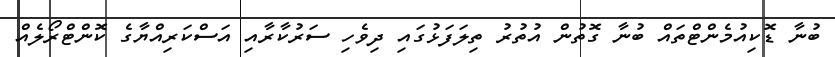
ބުނާ ޑޮކިއުމެންޓްތައް ބުނާ ގޮތުން އުތުރު ތިލަފަޅުގައި ދިވެހި ސަރުކާރާއި އަސްކަރިއްޔާގެ ކޮންޓްރޯލެއް